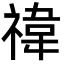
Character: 禕